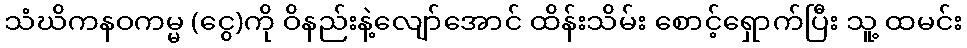
သံဃိကနဝကမ္မ (ငွေ)ကို ဝိနည်းနဲ့လျော်အောင် ထိန်းသိမ်း စောင့်ရှောက်ပြီး သူ့ ထမင်း